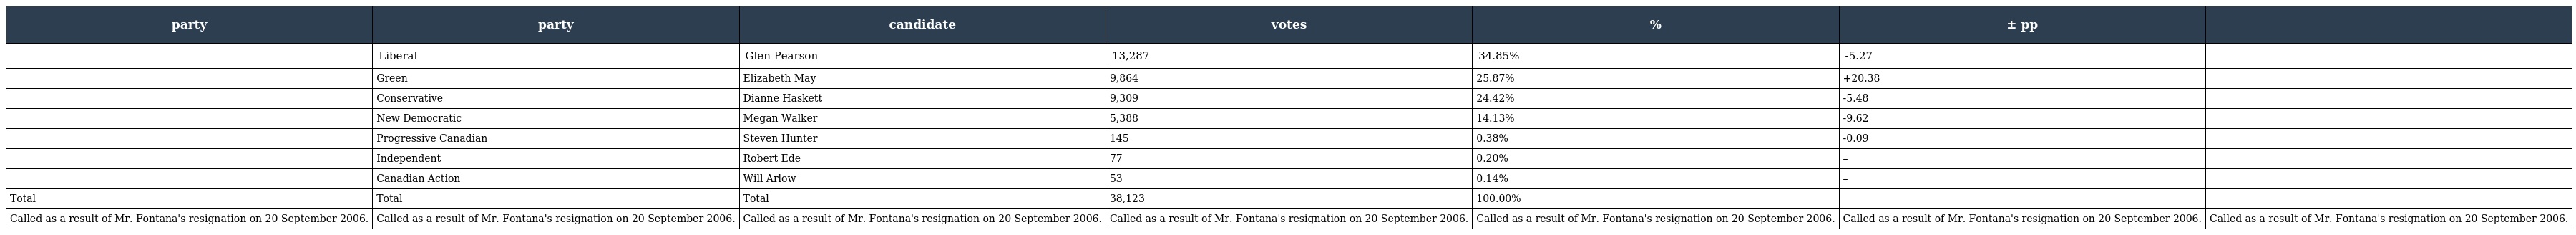
| party | party | candidate | votes | % | ± pp |  |
 | --- | --- | --- | --- | --- | --- | --- |
 |  | Liberal | Glen Pearson | 13,287 | 34.85% | -5.27 |  |
 |  | Green | Elizabeth May | 9,864 | 25.87% | +20.38 |  |
 |  | Conservative | Dianne Haskett | 9,309 | 24.42% | -5.48 |  |
 |  | New Democratic | Megan Walker | 5,388 | 14.13% | -9.62 |  |
 |  | Progressive Canadian | Steven Hunter | 145 | 0.38% | -0.09 |  |
 |  | Independent | Robert Ede | 77 | 0.20% | – |  |
 |  | Canadian Action | Will Arlow | 53 | 0.14% | – |  |
 | Total | Total | Total | 38,123 | 100.00% |  |  |
 | Called as a result of Mr. Fontana's resignation on 20 September 2006. | Called as a result of Mr. Fontana's resignation on 20 September 2006. | Called as a result of Mr. Fontana's resignation on 20 September 2006. | Called as a result of Mr. Fontana's resignation on 20 September 2006. | Called as a result of Mr. Fontana's resignation on 20 September 2006. | Called as a result of Mr. Fontana's resignation on 20 September 2006. | Called as a result of Mr. Fontana's resignation on 20 September 2006. |